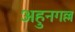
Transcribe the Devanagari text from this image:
अहुनगल्ल